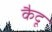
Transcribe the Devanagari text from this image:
कैदू